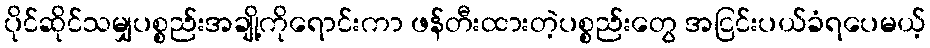
ပိုင်ဆိုင်သမျှပစ္စည်းအချို့ကိုရောင်းကာ ဖန်တီးထားတဲ့ပစ္စည်းတွေ အငြင်းပယ်ခံရပေမယ့်